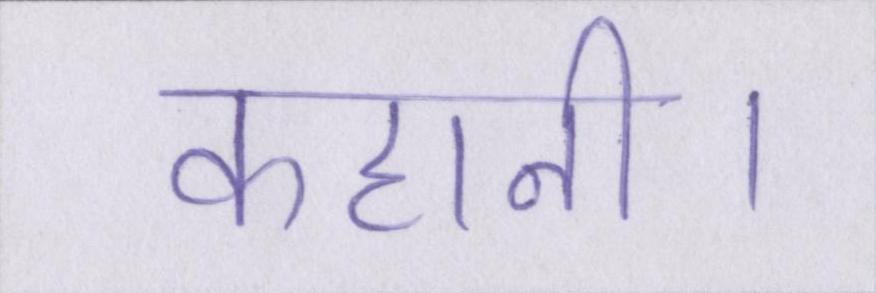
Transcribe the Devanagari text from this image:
कहानी।